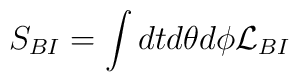
S_{BI} = \int dt d\theta d\phi {\cal L}_{BI}